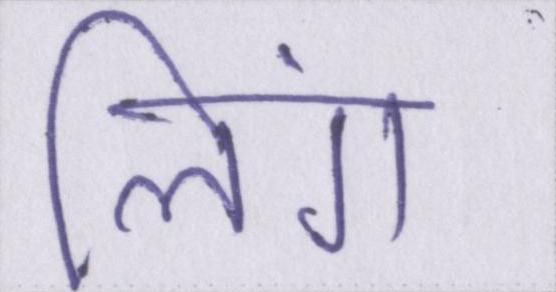
लिंग